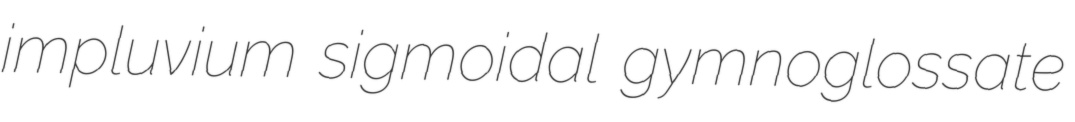
impluvium sigmoidal gymnoglossate